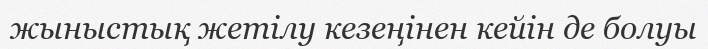
жыныстық жетілу кезеңінен кейін де болуы